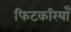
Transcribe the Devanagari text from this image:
फिटकरियाँ